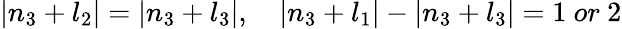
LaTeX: |n_{3}+l_{2}|=|n_{3}+l_{3}|,\ \ \ \ |n_{3}+l_{1}|-|n_{3}+l_{3}|=1\ or\ 2